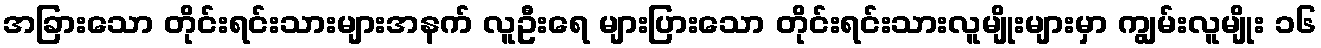
အခြားသော တိုင်းရင်းသားများအနက် လူဦးရေ များပြားသော တိုင်းရင်းသားလူမျိုးများမှာ ကျွမ်းလူမျိုး ၁၆